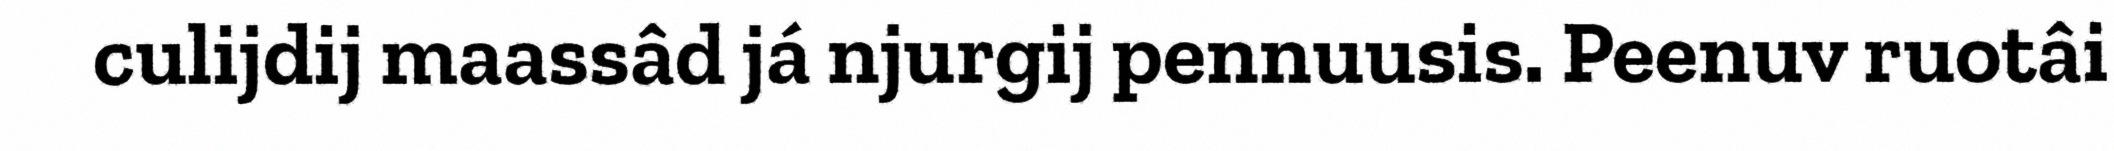
culijdij maassâd já njurgij pennuusis. Peenuv ruotâi